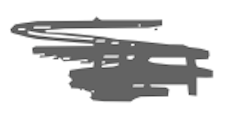
Text: in
Cross-out: scratch
Writing tool: digital_gray